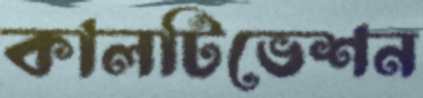
কালটিভেশন